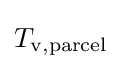
T_{\mathrm {v,parcel} }